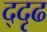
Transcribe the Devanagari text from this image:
द्दृढ